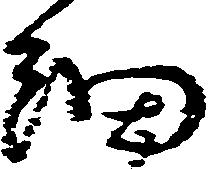
細